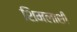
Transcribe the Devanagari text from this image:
शिमलाशी